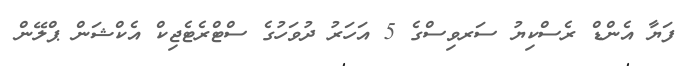
ފަޔާ އެންޑް ރެސްކިޔު ސަރވިސްގެ 5 އަހަރު ދުވަހުގެ ސްޓްރެޓެޖިކް އެކްޝަން ޕްލޭން